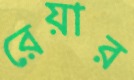
রেয়ার